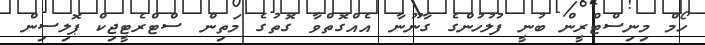
ހޯމް މިނިސްޓްރީން ބުނީ ފުލުހުންގެ ގާނޫނާ އެއްގޮތްވާ ގޮތުގެ މަތިން ސްޓްރެޓީޖިކް ޕޮލިސިން